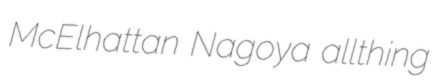
McElhattan Nagoya allthing